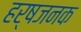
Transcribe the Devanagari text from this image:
हर्षजनक